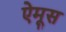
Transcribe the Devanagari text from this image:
ऐमूस